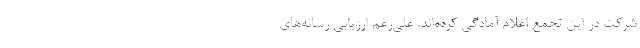
شرکت در این تجمع اعلام آمادگی کرده‌اند. علی‌رغم ارزیابی رسانه‌های